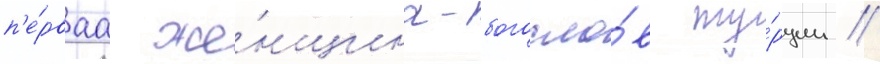
п'е́рваа же́нщина-богосло́в ту́рции /